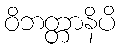
ဝိဘတ္တာနိပိ